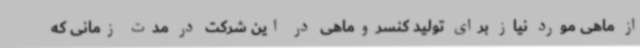
از ماهی مورد نیاز برای تولید کنسروماهی در این شرکت در مدت زمانی که